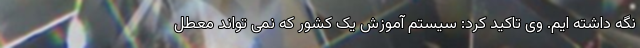
نگه داشته ایم. وی تاکید کرد: سیستم آموزش یک کشور که نمی تواند معطل